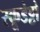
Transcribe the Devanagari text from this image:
स्कूडेट्टो